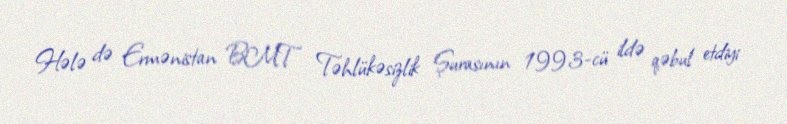
Hələ də Ermənistan BMT Təhlükəsizlik Şurasının 1993-cü ildə qəbul etdiyi